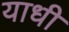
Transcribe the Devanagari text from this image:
याधी